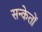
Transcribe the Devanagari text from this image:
सन्केतों